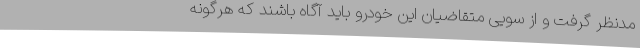
مدنظر گرفت و از سویی متقاضیان این خودرو باید آگاه باشند که هرگونه